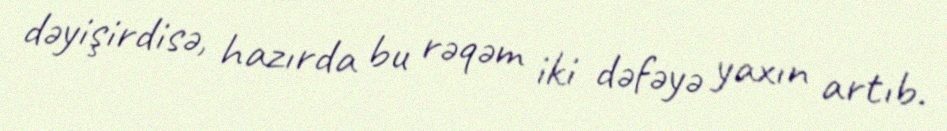
dəyişirdisə, hazırda bu rəqəm iki dəfəyə yaxın artıb.